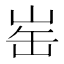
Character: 𪨲